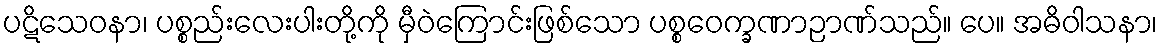
ပဋိသေဝနာ၊ ပစ္စည်းလေးပါးတို့ကို မှီဝဲကြောင်းဖြစ်သော ပစ္စဝေက္ခဏာဉာဏ်သည်။ ပေ။ အဓိဝါသနာ၊